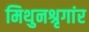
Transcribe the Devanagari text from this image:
मिथुनश्रृगांर